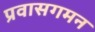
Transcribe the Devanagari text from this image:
प्रवासगमन